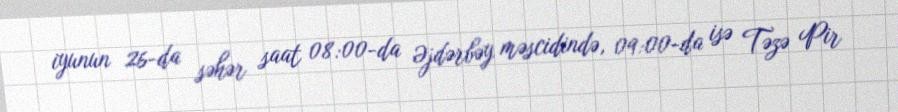
iyunun 26-da səhər saat 08:00-da Əjdərbəy məscidində, 09:00-da isə Təzə Pir